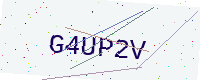
Text: G4UP2V